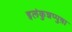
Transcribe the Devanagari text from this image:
इलंकुन्नप्पुष़ा